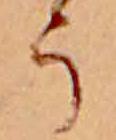
う